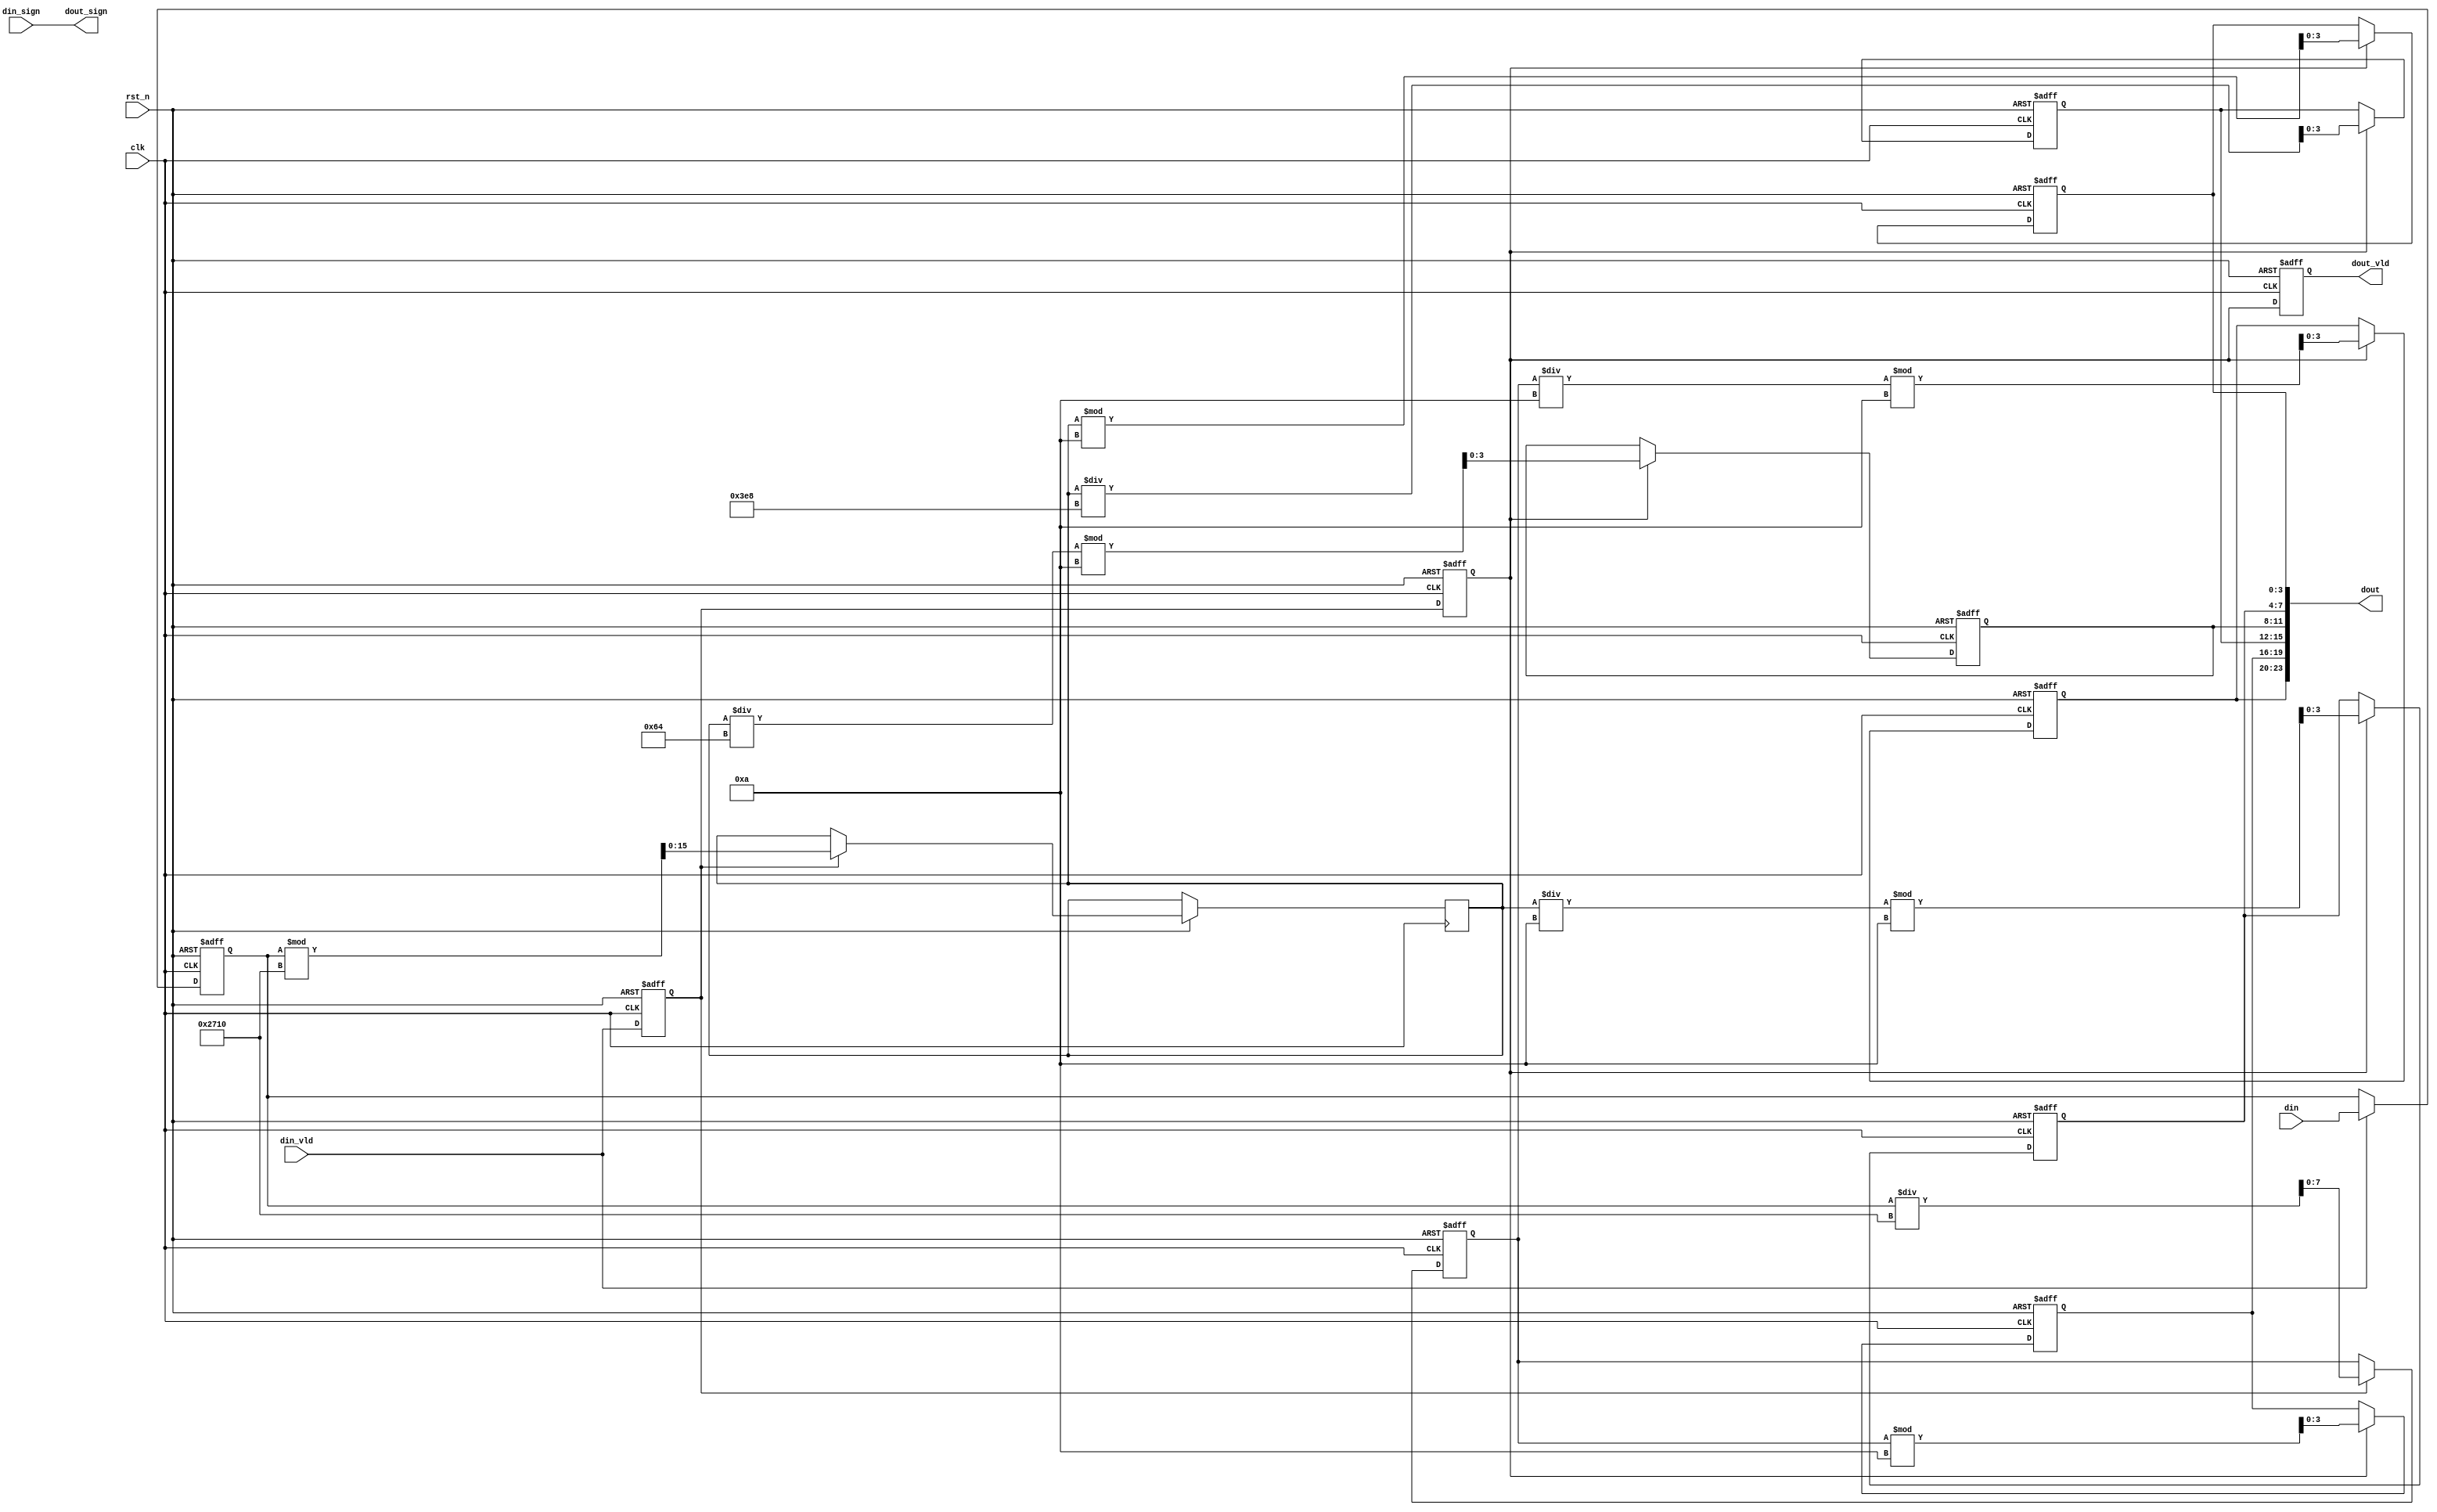
module control( 
    input				clk		    ,
    input				rst_n	    ,

    input				din_sign    ,
    input		[23:0]  din		    ,
    input		    	din_vld 	,

    output  wire        dout_sign   ,
    output	wire[23:0]	dout	    ,
    output	reg	    	dout_vld	
);	
             
    //		 
    reg		[23:0]	din_r       ;
    reg             din_vld_r0  ;
    reg             din_vld_r1  ;

    wire    [7:0]   tmp_int_w   ;//
    reg     [7:0]   tmp_int_r   ;
    wire    [15:0]  tmp_dot_w   ;//
    reg     [15:0]  tmp_dot_r   ;

    wire	[3:0]	tmp_int_w2  ;
    wire	[3:0]	tmp_int_w1  ;
    wire	[3:0]	tmp_int_w0  ;

    reg 	[3:0]	tmp_int_r2  ;
    reg 	[3:0]	tmp_int_r1  ;
    reg 	[3:0]	tmp_int_r0  ;

    wire	[3:0]	tmp_dot_w3  ;
    wire	[3:0]	tmp_dot_w0  ;
    wire	[3:0]	tmp_dot_w1  ;
    wire	[3:0]	tmp_dot_w2  ;

    reg 	[3:0]	tmp_dot_r3  ;
    reg 	[3:0]	tmp_dot_r0  ;
    reg 	[3:0]	tmp_dot_r1  ;
    reg 	[3:0]	tmp_dot_r2  ;

//din_r 
    always @(posedge clk or negedge rst_n)begin 
        if(!rst_n)begin
            din_r <= 0;
        end 
        else if(din_vld)begin 
            din_r <= din;
        end 
    end

//din_vld_r0  din_vld_r1
    always @(posedge clk or negedge rst_n)begin 
        if(!rst_n)begin
            din_vld_r0 <= 0;
            din_vld_r1 <= 0;
        end 
        else begin 
            din_vld_r0 <= din_vld;
            din_vld_r1 <= din_vld_r0;
        end 
    end

    assign tmp_int_w = din_r/10000;
    assign tmp_dot_w = din_r%10000;

    always @(posedge clk or negedge rst_n)begin 
        if(!rst_n)begin
            tmp_int_r <= 0;
        end 
        else if(din_vld_r0)begin 
            tmp_int_r <= tmp_int_w;
            tmp_dot_r <= tmp_dot_w;
        end 
    end

    assign tmp_int_w2 = tmp_int_r/100;//
    assign tmp_int_w1 = tmp_int_r/10%10 ;//
    assign tmp_int_w0 = tmp_int_r%10;//

    always @(posedge clk or negedge rst_n)begin 
        if(!rst_n)begin
            tmp_int_r2 <= 0;
            tmp_int_r1 <= 0;
            tmp_int_r0 <= 0;
        end 
        else if(din_vld_r1)begin 
            tmp_int_r2 <= tmp_int_w2;
            tmp_int_r1 <= tmp_int_w1;
            tmp_int_r0 <= tmp_int_w0;
        end 
    end

    assign tmp_dot_w0 = tmp_dot_r/1000;
    assign tmp_dot_w1 = tmp_dot_r/100%10;
    assign tmp_dot_w2 = tmp_dot_r/10%10;
    assign tmp_dot_w3 = tmp_dot_r%10;

    always @(posedge clk or negedge rst_n)begin 
        if(!rst_n)begin
            tmp_dot_r0 <= 0;
            tmp_dot_r1 <= 0;
            tmp_dot_r2 <= 0;
            tmp_dot_r3 <= 0;
        end 
        else if(din_vld_r1)begin 
            tmp_dot_r0 <= tmp_dot_w0;
            tmp_dot_r1 <= tmp_dot_w1;
            tmp_dot_r2 <= tmp_dot_w2;
            tmp_dot_r3 <= tmp_dot_w3;
        end 
    end

    assign dout = {tmp_int_r1,tmp_int_r0,tmp_dot_r0,tmp_dot_r1,tmp_dot_r2,tmp_dot_r3}; 

    always @(posedge clk or negedge rst_n)begin 
        if(!rst_n)begin
            dout_vld <= 1'b0;
        end 
        else begin 
            dout_vld <= din_vld_r1; 
        end 
    end

    assign dout_sign = din_sign;

endmodule